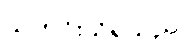
သတင်းသိရသည်